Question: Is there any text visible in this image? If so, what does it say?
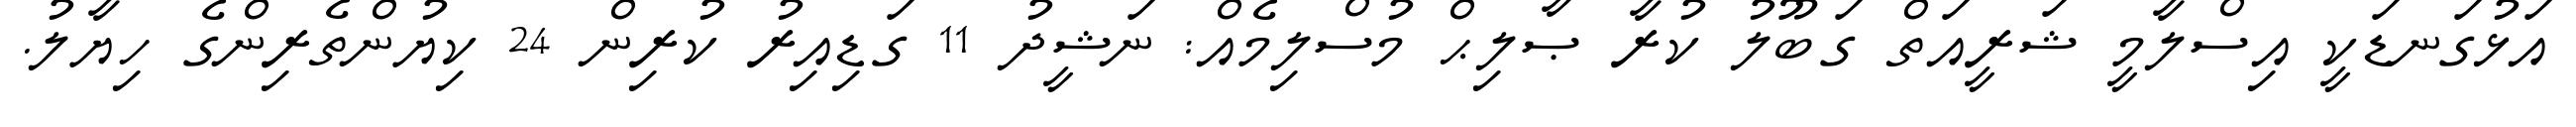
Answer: އަޅުގަނޑަކީ އިސްލާމީ ޝަރީއަތް ގަބޫލު ކުރާ ޞާލިޙް މުސްލިމެއް: ނަޝީދު 11 ގަޑިއިރު ކުރިން 24 ކިޔުންތެރިންގެ ހިޔާލު.